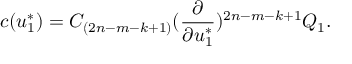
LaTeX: c ( u _ { 1 } ^ { * } ) = C _ { ( 2 n - m - k + 1 ) } ( { \frac { \partial } { \partial u _ { 1 } ^ { * } } } ) ^ { 2 n - m - k + 1 } Q _ { 1 } .